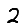
Digit: 2